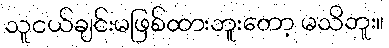
သူငယ်ချင်းမဖြစ်ထားဘူးတော့ မသိဘူး။